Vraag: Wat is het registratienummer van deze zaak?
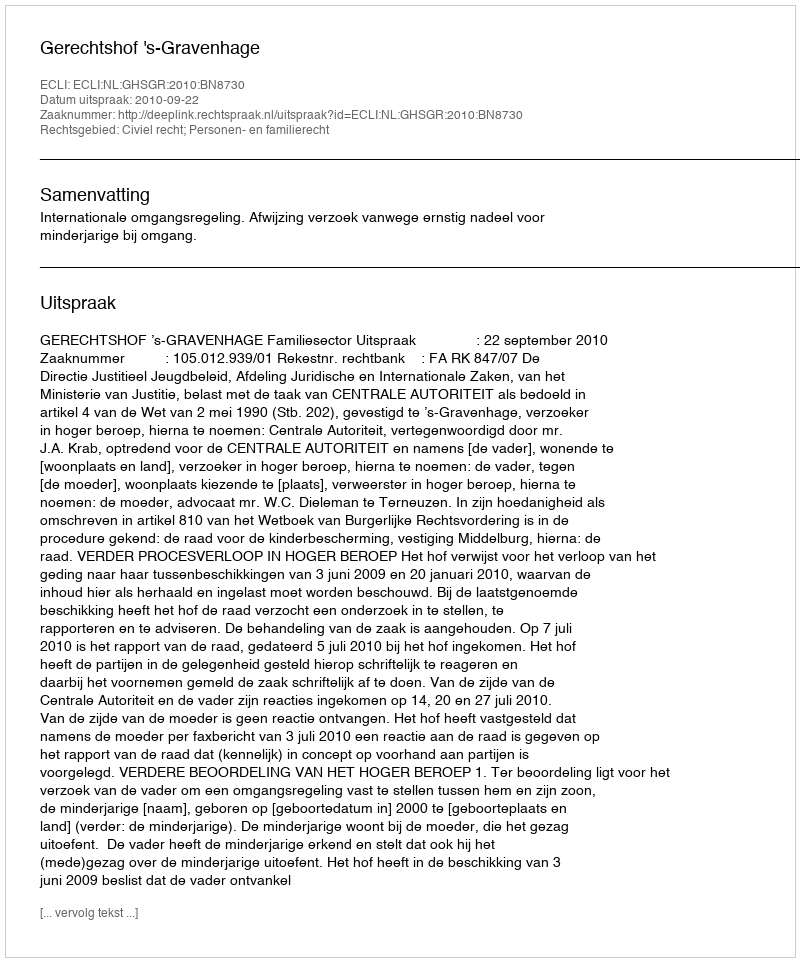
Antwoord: http://deeplink.rechtspraak.nl/uitspraak?id=ECLI:NL:GHSGR:2010:BN8730